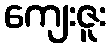
ကျေးဇူး